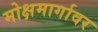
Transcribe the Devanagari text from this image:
मोक्षमार्गावर